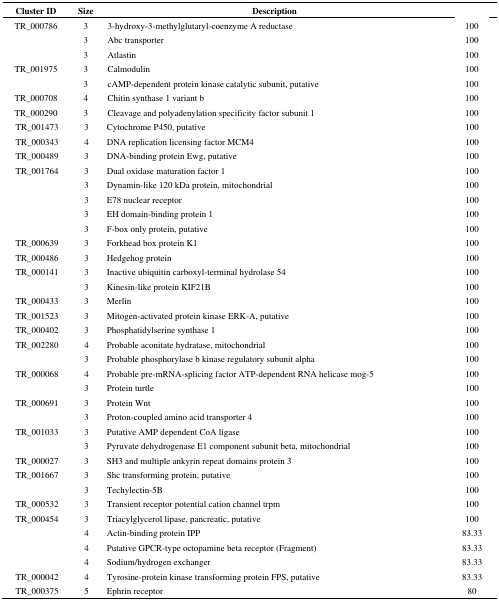
<table><thead><tr><td><b>Cluster ID</b></td><td><b>Size</b></td><td><b>Description</b></td><td>[EMPTY_CELL]</td></tr></thead><tbody><tr><td>TR_000786</td><td>3</td><td>3-hydroxy-3-methylglutaryl-coenzyme A reductase</td><td>100</td></tr><tr><td>[EMPTY_CELL]</td><td>3</td><td>Abc transporter</td><td>100</td></tr><tr><td>[EMPTY_CELL]</td><td>3</td><td>Atlastin</td><td>100</td></tr><tr><td>TR_001975</td><td>3</td><td>Calmodulin</td><td>100</td></tr><tr><td>[EMPTY_CELL]</td><td>3</td><td>cAMP-dependent protein kinase catalytic subunit, putative</td><td>100</td></tr><tr><td>TR_000708</td><td>4</td><td>Chitin synthase 1 variant b</td><td>100</td></tr><tr><td>TR_000290</td><td>3</td><td>Cleavage and polyadenylation specificity factor subunit 1</td><td>100</td></tr><tr><td>TR_001473</td><td>3</td><td>Cytochrome P450, putative</td><td>100</td></tr><tr><td>TR_000343</td><td>4</td><td>DNA replication licensing factor MCM4</td><td>100</td></tr><tr><td>TR_000489</td><td>3</td><td>DNA-binding protein Ewg, putative</td><td>100</td></tr><tr><td>TR_001764</td><td>3</td><td>Dual oxidase maturation factor 1</td><td>100</td></tr><tr><td>[EMPTY_CELL]</td><td>3</td><td>Dynamin-like 120 kDa protein, mitochondrial</td><td>100</td></tr><tr><td>[EMPTY_CELL]</td><td>3</td><td>E78 nuclear receptor</td><td>100</td></tr><tr><td>[EMPTY_CELL]</td><td>3</td><td>EH domain-binding protein 1</td><td>100</td></tr><tr><td>[EMPTY_CELL]</td><td>3</td><td>F-box only protein, putative</td><td>100</td></tr><tr><td>TR_000639</td><td>3</td><td>Forkhead box protein K1</td><td>100</td></tr><tr><td>TR_000486</td><td>3</td><td>Hedgehog protein</td><td>100</td></tr><tr><td>TR_000141</td><td>3</td><td>Inactive ubiquitin carboxyl-terminal hydrolase 54</td><td>100</td></tr><tr><td>[EMPTY_CELL]</td><td>3</td><td>Kinesin-like protein KIF21B</td><td>100</td></tr><tr><td>TR_000433</td><td>3</td><td>Merlin</td><td>100</td></tr><tr><td>TR_001523</td><td>3</td><td>Mitogen-activated protein kinase ERK-A, putative</td><td>100</td></tr><tr><td>TR_000402</td><td>3</td><td>Phosphatidylserine synthase 1</td><td>100</td></tr><tr><td>TR_002280</td><td>4</td><td>Probable aconitate hydratase, mitochondrial</td><td>100</td></tr><tr><td>[EMPTY_CELL]</td><td>3</td><td>Probable phosphorylase b kinase regulatory subunit alpha</td><td>100</td></tr><tr><td>TR_000068</td><td>4</td><td>Probable pre-mRNA-splicing factor ATP-dependent RNA helicase mog-5</td><td>100</td></tr><tr><td>[EMPTY_CELL]</td><td>3</td><td>Protein turtle</td><td>100</td></tr><tr><td>TR_000691</td><td>3</td><td>Protein Wnt</td><td>100</td></tr><tr><td>[EMPTY_CELL]</td><td>3</td><td>Proton-coupled amino acid transporter 4</td><td>100</td></tr><tr><td>TR_001033</td><td>3</td><td>Putative AMP dependent CoA ligase</td><td>100</td></tr><tr><td>[EMPTY_CELL]</td><td>3</td><td>Pyruvate dehydrogenase E1 component subunit beta, mitochondrial</td><td>100</td></tr><tr><td>TR_000027</td><td>3</td><td>SH3 and multiple ankyrin repeat domains protein 3</td><td>100</td></tr><tr><td>TR_001667</td><td>3</td><td>Shc transforming protein, putative</td><td>100</td></tr><tr><td>[EMPTY_CELL]</td><td>3</td><td>Techylectin-5B</td><td>100</td></tr><tr><td>TR_000532</td><td>3</td><td>Transient receptor potential cation channel trpm</td><td>100</td></tr><tr><td>TR_000454</td><td>3</td><td>Triacylglycerol lipase, pancreatic, putative</td><td>100</td></tr><tr><td>[EMPTY_CELL]</td><td>4</td><td>Actin-binding protein IPP</td><td>83.33</td></tr><tr><td>[EMPTY_CELL]</td><td>4</td><td>Putative GPCR-type octopamine beta receptor (Fragment)</td><td>83.33</td></tr><tr><td>[EMPTY_CELL]</td><td>4</td><td>Sodium/hydrogen exchanger</td><td>83.33</td></tr><tr><td>TR_000042</td><td>4</td><td>Tyrosine-protein kinase transforming protein FPS, putative</td><td>83.33</td></tr><tr><td>TR_000375</td><td>5</td><td>Ephrin receptor</td><td>80</td></tr></tbody></table>